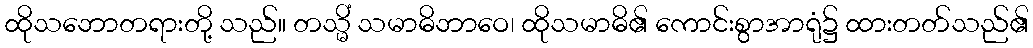
ထိုသဘောတရားတို့ သည်။ တသ္မိံ သမာဓိဘာဝေ၊ ထိုသမာဓိ၏ ကောင်းစွာအာရုံ၌ ထားတတ်သည်၏